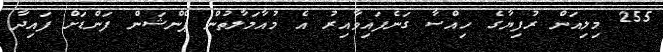
255 މިލިއަން ރުފިޔާގެ ހިއްސާ ގަނެފައިވާއިރު އެ މުއާމަލާތުން ޕެންޝަން ފަންޑަށް ފައިދާ